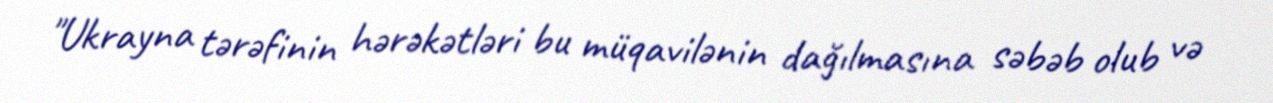
"Ukrayna tərəfinin hərəkətləri bu müqavilənin dağılmasına səbəb olub və